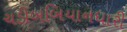
ચડીબબિયાનધારી